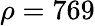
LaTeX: \rho=769